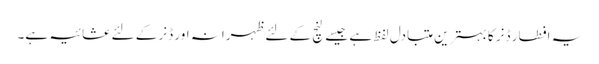
یہ افطار ڈنر کا بہترین متبادل لفظ ہے جیسے لنچ کے لئے ظہرانہ اور ڈنر کے لئے عشائیہ ہے۔